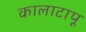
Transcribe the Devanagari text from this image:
कालाटापू